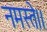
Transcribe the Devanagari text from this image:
नमस्ते।।